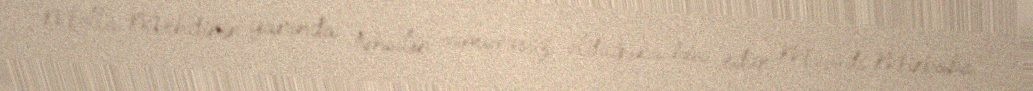
Molla Mehdinin yanında təhsilin səmərəsiz olduğunu hiss edən Məşədi Mirbaba